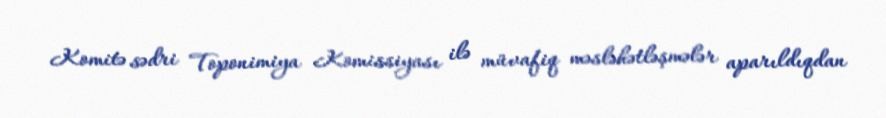
Komitə sədri Toponimiya Komissiyası ilə müvafiq məsləhətləşmələr aparıldıqdan